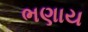
ભણાય